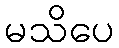
မသိပေ